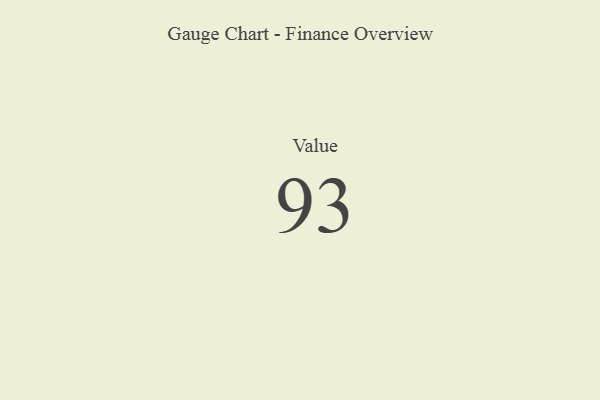
{"axis": {"x": "Metric", "y": "Value"}, "legend": [""], "data": [{"x": "Value", "y": 93, "type": ""}]}